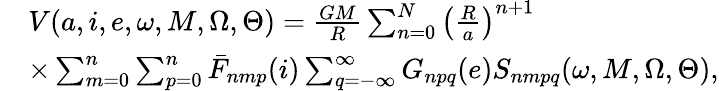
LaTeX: \begin{array}{rl}&{V(a,i,e,\omega,M,\Omega,\Theta)=\frac{GM}{R}\sum_{n=0}^{N}\left(\frac{R}{a}\right)^{n+1}}\\ &{\times\sum_{m=0}^{n}\sum_{p=0}^{n}\bar{F}_{nmp}(i)\sum_{q=-\infty}^{\infty}G_{npq}(e)S_{nmpq}(\omega,M,\Omega,\Theta),}\end{array}